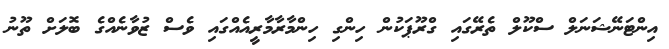
އިންޓަނޭޝަނަލް ސްކޫލް ތެރޭގައި ގްރޫޕަކުން ހިންގި ހިންމާރާމާރީއެއްގައި ވެސް ޒުވާނެއްގެ ބޮލަށް ތޫނު